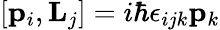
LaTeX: [{\mathbf{p}}_{i},{\mathbf{L}}_{j}]=i\hbar\epsilon_{ijk}{\mathbf{p}}_{k}